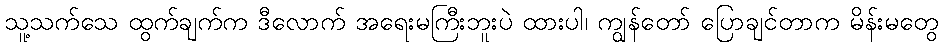
သူ့သက်သေ ထွက်ချက်က ဒီလောက် အရေးမကြီးဘူးပဲ ထားပါ၊ ကျွန်တော် ပြောချင်တာက မိန်းမတွေ